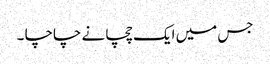
جس میں ایک چچا نے چاچا ۔